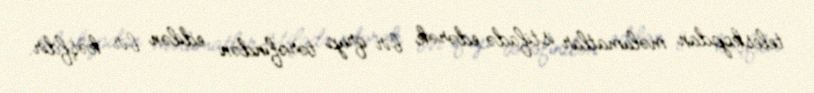
teleskopdan məlumatlar istifadə edərək bir qrup tərəfindən edilən bir kəşfdir.